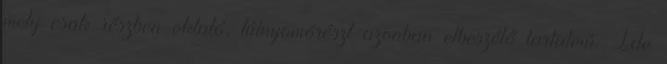
mely csak részben oktató, túlnyomórészt azonban elbeszélő tartalmú. Ide